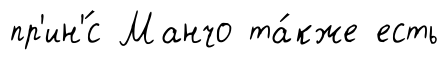
пр'ин'́с Манчо та́кже есть